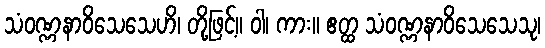
သံဝဏ္ဏနာဝိသေသေဟိ၊ တို့ဖြင့်။ ဝါ၊ ကား။ ဧတ္ထ သံဝဏ္ဏနာဝိသေသေသု၊